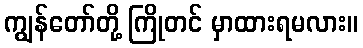
ကျွန်တော်တို့ ကြိုတင် မှာထားရမလား။